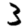
Digit: 3